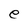
Character: e